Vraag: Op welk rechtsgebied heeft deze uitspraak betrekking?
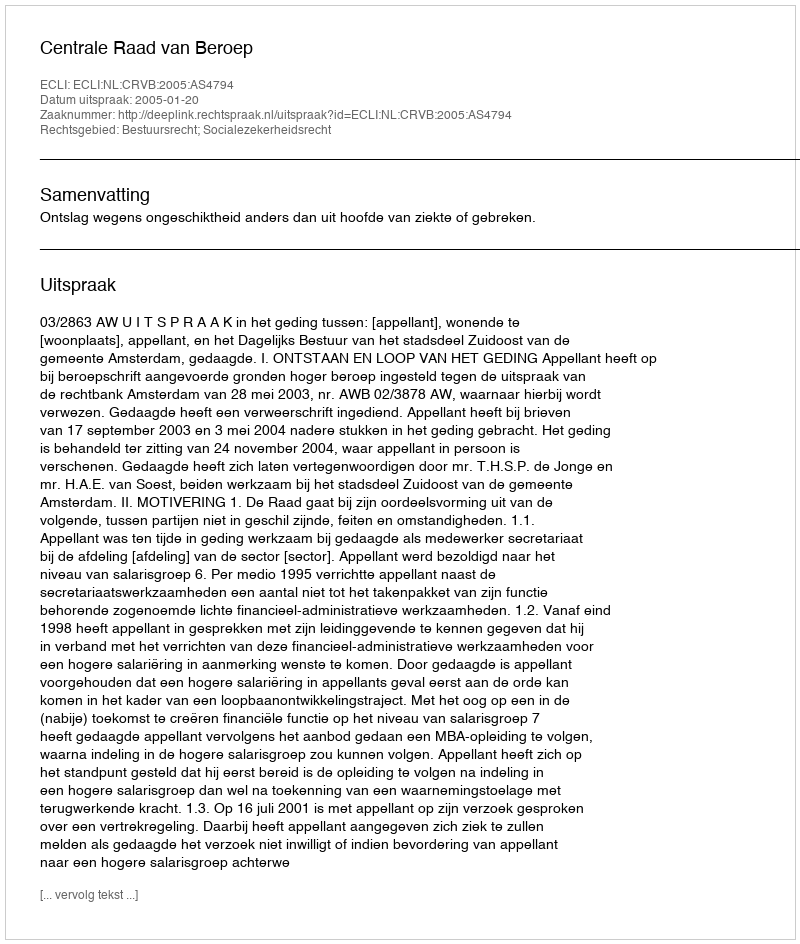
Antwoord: Bestuursrecht; Socialezekerheidsrecht